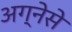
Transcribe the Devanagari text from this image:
अग्नेसे